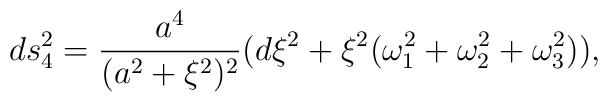
ds_4^2 = \frac {a^4}{(a^2 + \xi^2)^2} ( d \xi^2 + \xi^2 (\omega_1^2 + \omega_2^2 + \omega_3^2)),